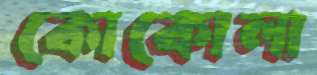
কোকোলা